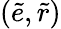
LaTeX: (\tilde{e},\tilde{r})